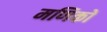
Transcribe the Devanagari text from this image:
मणिकों